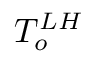
T _ { o } ^ { L H }